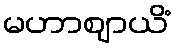
မဟာဈာယိံ